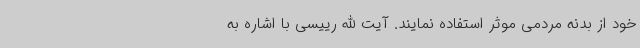
خود از بدنه مردمی موثر استفاده نمایند. آیت الله رییسی با اشاره به